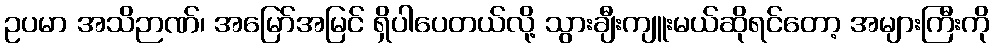
ဥပမာ အသိဉာဏ်၊ အမြော်အမြင် ရှိပါပေတယ်လို့ သွားချီးကျူးမယ်ဆိုရင်တော့ အများကြီးကို